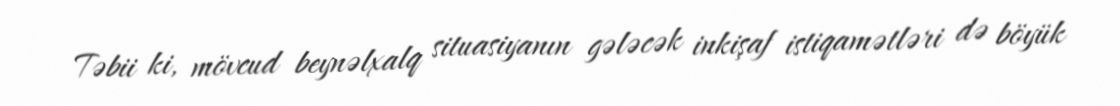
Təbii ki, mövcud beynəlxalq situasiyanın gələcək inkişaf istiqamətləri də böyük